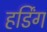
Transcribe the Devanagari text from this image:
हर्डिंग